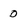
Character: 0